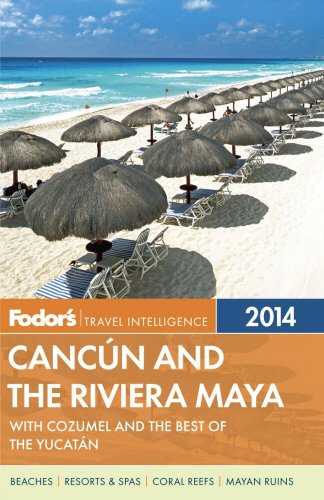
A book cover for Fodor's Cancun and the Riviera Maya: with Cozumel and the Best of the Yucatan (Full-color Travel Guide); Fodor's; Travel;